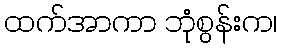
ထက်အာကာ ဘုံစွန်းက၊